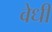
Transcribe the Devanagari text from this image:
वेधी